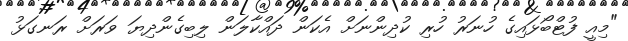
"މިއީ ފުޓްބޯޅައިގެ ހުނަރު ހުރި ކުދިންނަށް އެކަން ދައްކާލަން ލިބިގެންދިޔަ ވަރަށް ރަނގަޅު